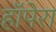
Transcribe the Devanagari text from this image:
हॉपेरा